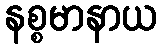
နစ္စမာနာယ